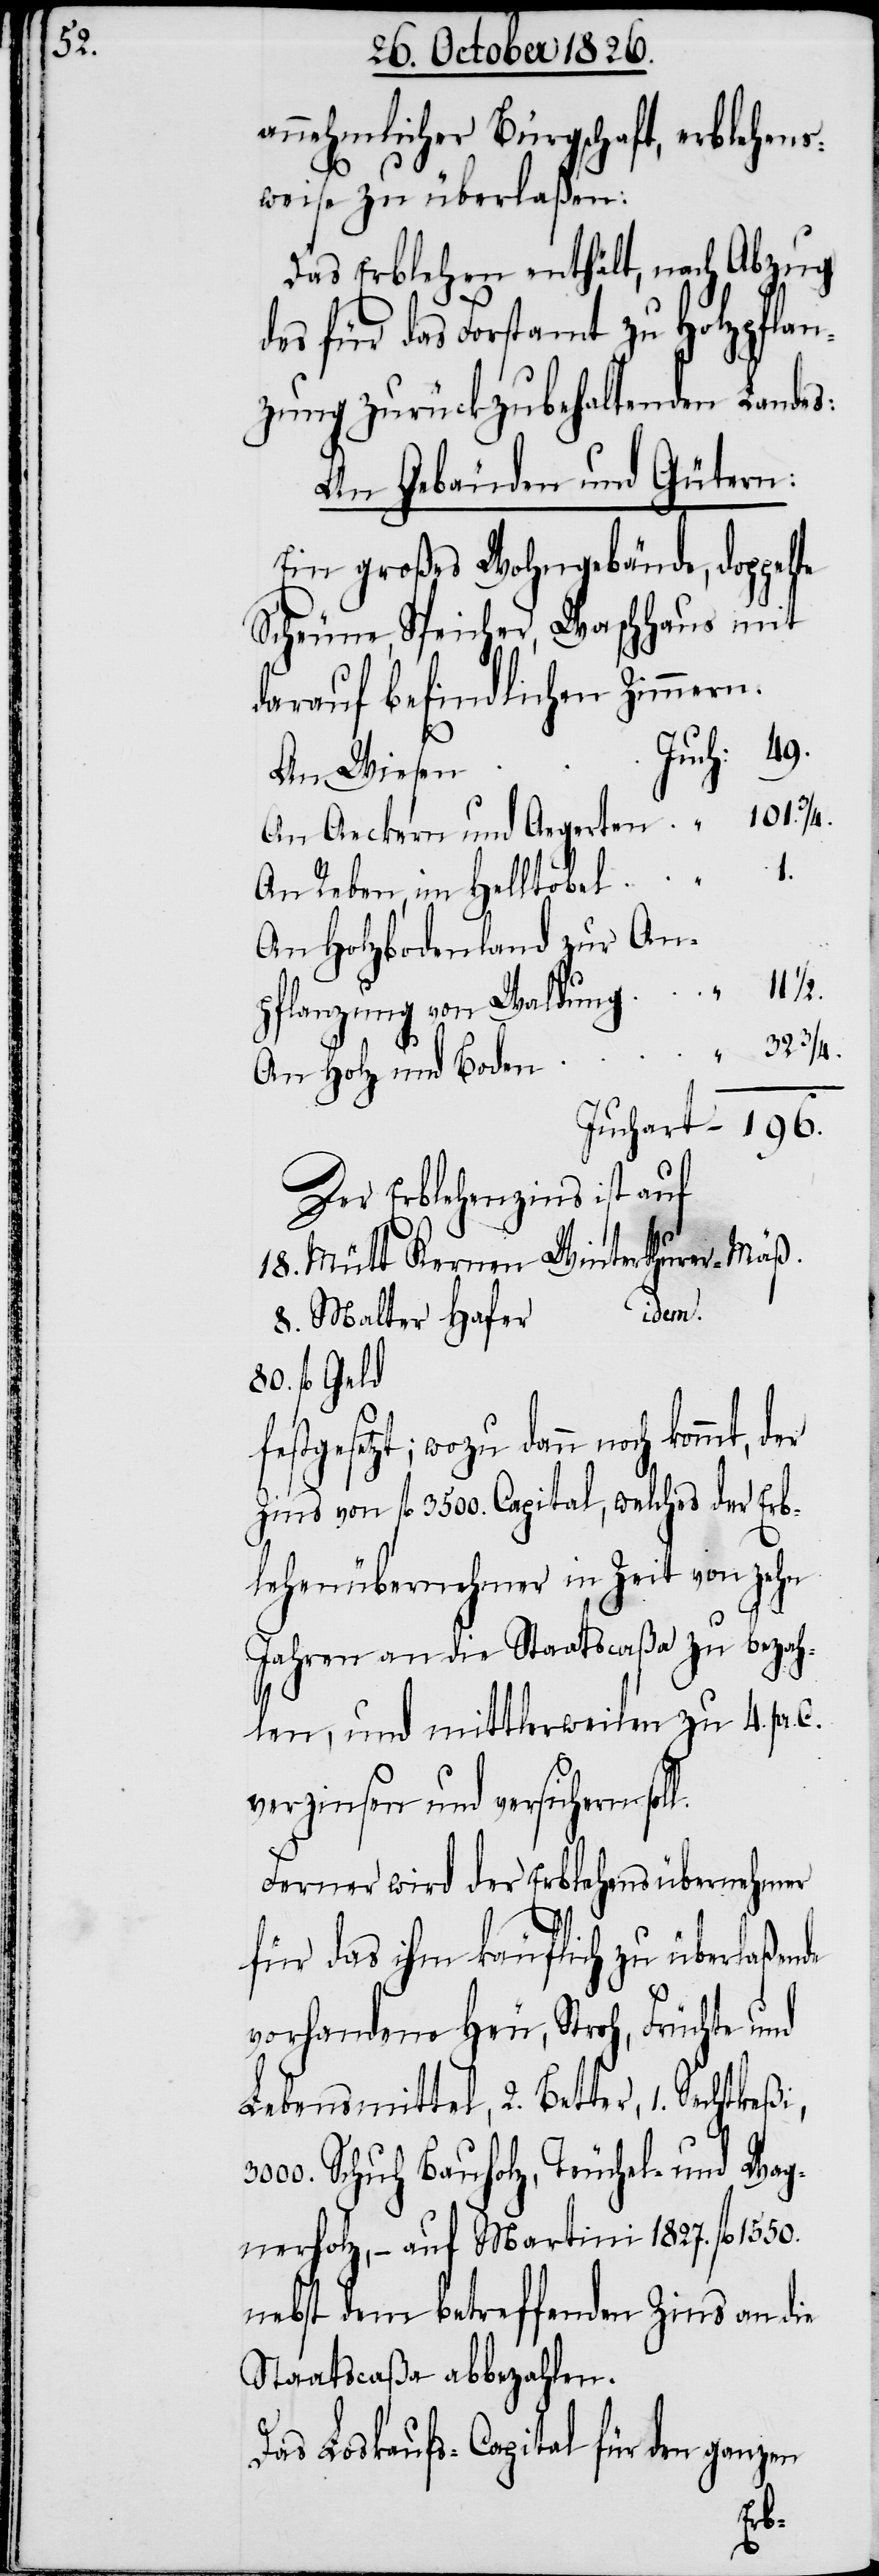
annehmlicher Bürgschaft, erblehens¬
weise zu überlaßen:
Das Erblehen enthält, nach Abzug
des für das Forstamt zu Holzpflan¬
zung zurückzubehaltenden Landes:
An Gebäuden und Gütern:
Ein großes Wohngebäude, doppelte
Scheune, Speicher, Waschhaus mit
darauf befindlichen Zimmern.
Juchart
An Wiesen
An Reben, im Helltobel
An Holzbodenland zur An¬
196.
pflanzung von Waldung
101.
32
l.
An Holz und Boden
Der Erblehenszins ist auf
idem.
8. Malter Hafer
80. fl. Geld
stgesetzt; wozu dann noch
Zins von fl. 3500. Capital, welches der Erb¬
lehenübernehmer in Zeit von zehn
Jahren an die Staatscaßa zu bezah¬
len, und mittlerweilen zu 4. pr.
verzinsen und versichern sol¬
Ferner wird der Erblehensübernehmer
für das ihm käuflich zu überlaßende
vorhandene Heu, Stroh, Früchte und
Lebensmittel, 2. Better,
Schuh Bauholz, Teuchel- und Wag¬
nerholz, – auf Martini 1827. fl.
nebst dem betreffenden Zins an die
Staatscaßa abbezahlen.
Das Loskaufs-Capital für den ganzen
fe¬